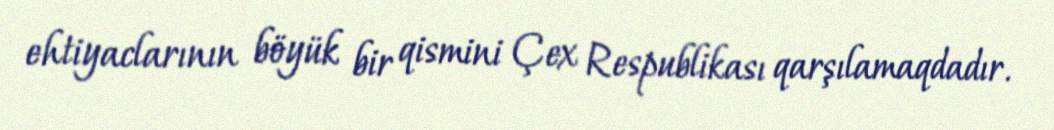
ehtiyaclarının böyük bir qismini Çex Respublikası qarşılamaqdadır.